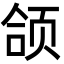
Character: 颌